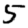
Digit: 5